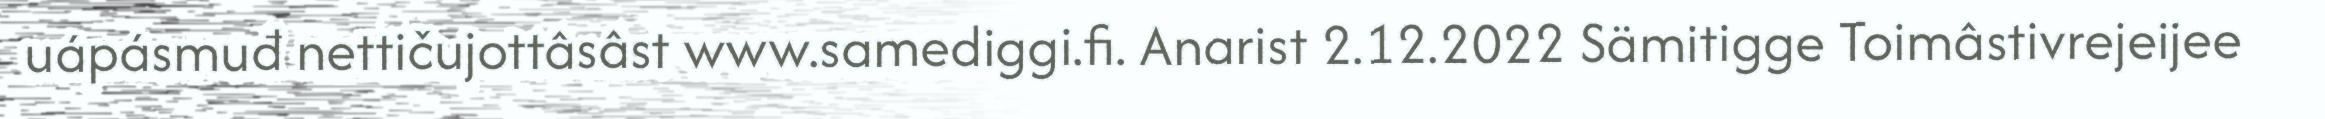
uápásmuđ nettičujottâsâst www.samediggi.fi. Anarist 2.12.2022 Sämitigge Toimâstivrejeijee